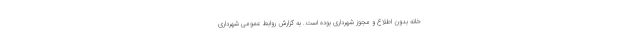
خانه بدون اطلاع و مجوز شهرداری بوده است. به گزارش روابط عمومی شهرداری